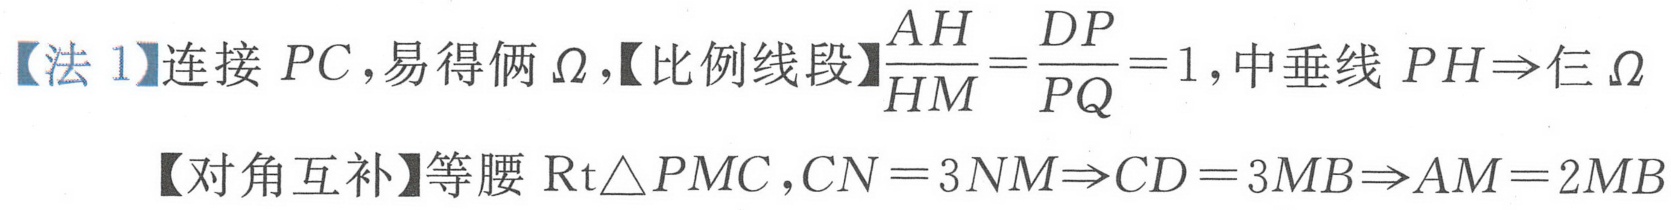
【法 1】连接 \(PC\)，易得俩 \(\Omega\)，【比例线段】\(\frac{AH}{HM}=\frac{DP}{PQ}=1\)，中垂线 \(PH\Rightarrow\)仨 \(\Omega\)
【对角互补】等腰 \(\text{Rt}\triangle PMC\)，\(CN = 3NM\Rightarrow CD = 3MB\Rightarrow AM = 2MB\)